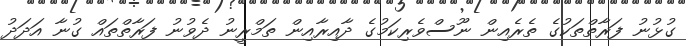
ގުޅުނު ފަރާތްތަކުގެ ތެރެއިން ނޫސްވެރިކަމުގެ ދާއިރާއިން ތަމްރީނު ދެވުނު ފަރާތްތައް ގުނާ އަދަދު